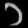
Digit: ၁